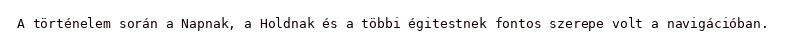
A történelem során a Napnak, a Holdnak és a többi égitestnek fontos szerepe volt a navigációban.